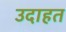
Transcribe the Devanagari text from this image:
उदाहत